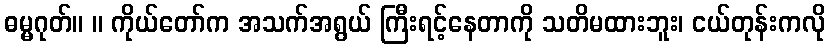
ဓမ္မဂုတ်။ ။ ကိုယ်တော်က အသက်အရွယ် ကြီးရင့်နေတာကို သတိမထားဘူး၊ ငယ်တုန်းကလို